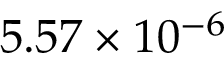
5 . 5 7 \times 1 0 ^ { - 6 }